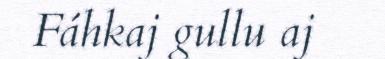
Fáhkaj gullu aj